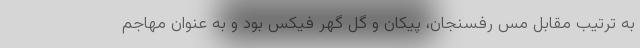
به ترتیب مقابل مس رفسنجان، پیکان و گل گهر فیکس بود و به عنوان مهاجم